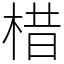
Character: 棤